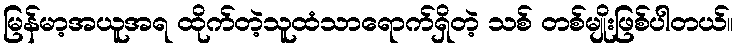
မြန်မာ့အယူအရ ထိုက်တဲ့သူထံသာရောက်ရှိတဲ့ သစ် တစ်မျိုးဖြစ်ပါတယ်။